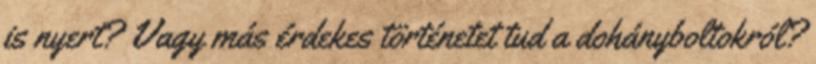
is nyert? Vagy más érdekes történetet tud a dohányboltokról?